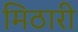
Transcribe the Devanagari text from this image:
मिठारी